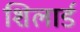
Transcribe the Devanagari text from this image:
शिलार्ड